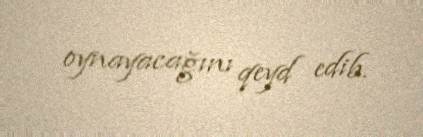
oynayacağını qeyd edib.